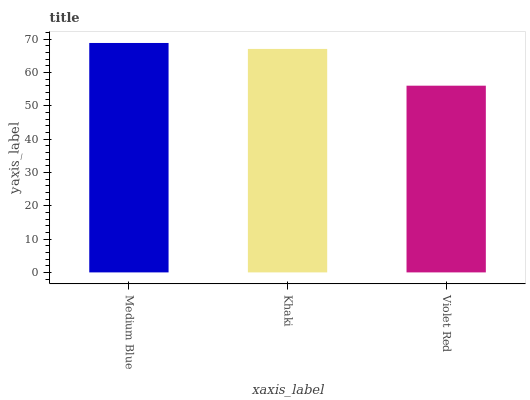
| xaxis_label | bars |
 | --- | --- |
 | Medium Blue | 68.9 |
 | Khaki | 67.1 |
 | Violet Red | 56.1 |